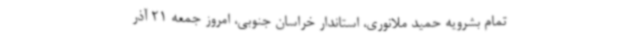
تمام بشرویه حمید ملانوری، استاندار خراسان جنوبی، امروز جمعه 21 آذر